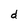
Character: d